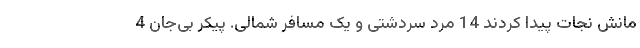
مانش نجات پیدا کردند 14 مرد سردشتی و یک مسافر شمالی. پیکر بی‌جان 4